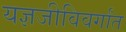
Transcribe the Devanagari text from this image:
यज्ञजीविवर्गांत